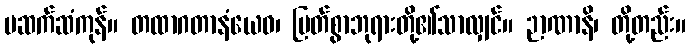
မဆက်ဆံကုန်။ တထာဂတာနံယေဝ၊ မြတ်စွာဘုရားတို့၏သာလျှင်။ ဉာဏာနိ၊ တို့တည်း။